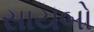
સાયબો